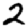
Digit: 2